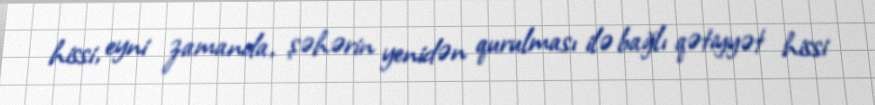
hissi, eyni zamanda, şəhərin yenidən qurulması ilə bağlı qətiyyət hissi